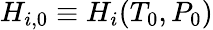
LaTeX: H_{i,0}\equiv H_{i}(T_{0},P_{0})